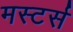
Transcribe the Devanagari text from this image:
मस्टर्स